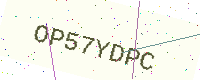
Text: OP57YDPC